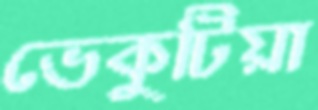
ভেকুটিয়া